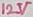
Text: 12V